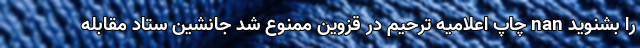
را بشنوید nan چاپ اعلامیه ترحیم در قزوین ممنوع شد جانشین ستاد مقابله